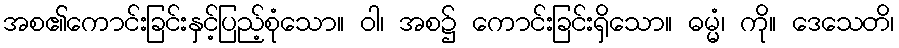
အစ၏ကောင်းခြင်းနှင့်ပြည့်စုံသော။ ဝါ၊ အစ၌ ကောင်းခြင်းရှိသော။ ဓမ္မံ၊ ကို။ ဒေသေတိ၊